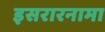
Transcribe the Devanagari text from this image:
इसरारनामा